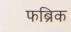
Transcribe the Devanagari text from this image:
फब्रिक